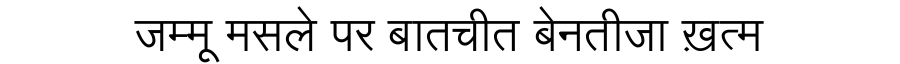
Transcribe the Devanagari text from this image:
जम्मू मसले पर बातचीत बेनतीजा ख़त्म